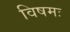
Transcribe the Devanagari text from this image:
विषमः